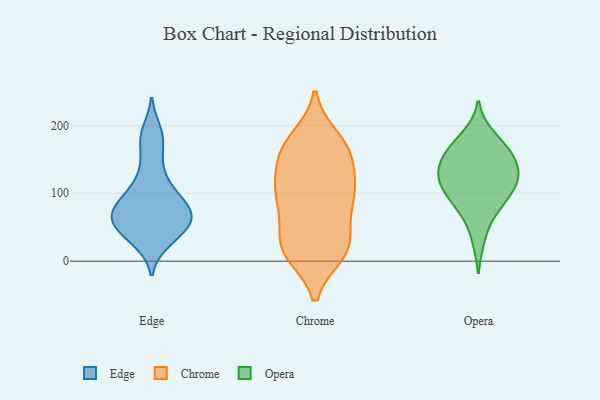
{"axis": {"x": "Gross Profit (USD K)", "y": "Value"}, "legend": ["Chrome", "Edge", "Opera"], "data": [{"x": "", "y": 59, "type": "Edge"}, {"x": "", "y": 118, "type": "Edge"}, {"x": "", "y": 85, "type": "Edge"}, {"x": "", "y": 95, "type": "Edge"}, {"x": "", "y": 184, "type": "Edge"}, {"x": "", "y": 88, "type": "Edge"}, {"x": "", "y": 193, "type": "Edge"}, {"x": "", "y": 63, "type": "Edge"}, {"x": "", "y": 30, "type": "Edge"}, {"x": "", "y": 97, "type": "Edge"}, {"x": "", "y": 60, "type": "Edge"}, {"x": "", "y": 27, "type": "Edge"}, {"x": "", "y": 55, "type": "Edge"}, {"x": "", "y": 164, "type": "Edge"}, {"x": "", "y": 73, "type": "Edge"}, {"x": "", "y": 39, "type": "Edge"}, {"x": "", "y": 58, "type": "Edge"}, {"x": "", "y": 65, "type": "Edge"}, {"x": "", "y": 137, "type": "Edge"}, {"x": "", "y": 172, "type": "Chrome"}, {"x": "", "y": 102, "type": "Chrome"}, {"x": "", "y": 55, "type": "Chrome"}, {"x": "", "y": 14, "type": "Chrome"}, {"x": "", "y": 18, "type": "Chrome"}, {"x": "", "y": 97, "type": "Chrome"}, {"x": "", "y": 92, "type": "Chrome"}, {"x": "", "y": 180, "type": "Chrome"}, {"x": "", "y": 109, "type": "Chrome"}, {"x": "", "y": 104, "type": "Chrome"}, {"x": "", "y": 74, "type": "Chrome"}, {"x": "", "y": 21, "type": "Chrome"}, {"x": "", "y": 155, "type": "Chrome"}, {"x": "", "y": 121, "type": "Chrome"}, {"x": "", "y": 17, "type": "Chrome"}, {"x": "", "y": 166, "type": "Chrome"}, {"x": "", "y": 12, "type": "Chrome"}, {"x": "", "y": 28, "type": "Chrome"}, {"x": "", "y": 152, "type": "Chrome"}, {"x": "", "y": 165, "type": "Chrome"}, {"x": "", "y": 80, "type": "Opera"}, {"x": "", "y": 153, "type": "Opera"}, {"x": "", "y": 96, "type": "Opera"}, {"x": "", "y": 111, "type": "Opera"}, {"x": "", "y": 151, "type": "Opera"}, {"x": "", "y": 123, "type": "Opera"}, {"x": "", "y": 68, "type": "Opera"}, {"x": "", "y": 31, "type": "Opera"}, {"x": "", "y": 116, "type": "Opera"}, {"x": "", "y": 87, "type": "Opera"}, {"x": "", "y": 128, "type": "Opera"}, {"x": "", "y": 155, "type": "Opera"}, {"x": "", "y": 123, "type": "Opera"}, {"x": "", "y": 117, "type": "Opera"}, {"x": "", "y": 150, "type": "Opera"}, {"x": "", "y": 163, "type": "Opera"}, {"x": "", "y": 187, "type": "Opera"}, {"x": "", "y": 181, "type": "Opera"}]}